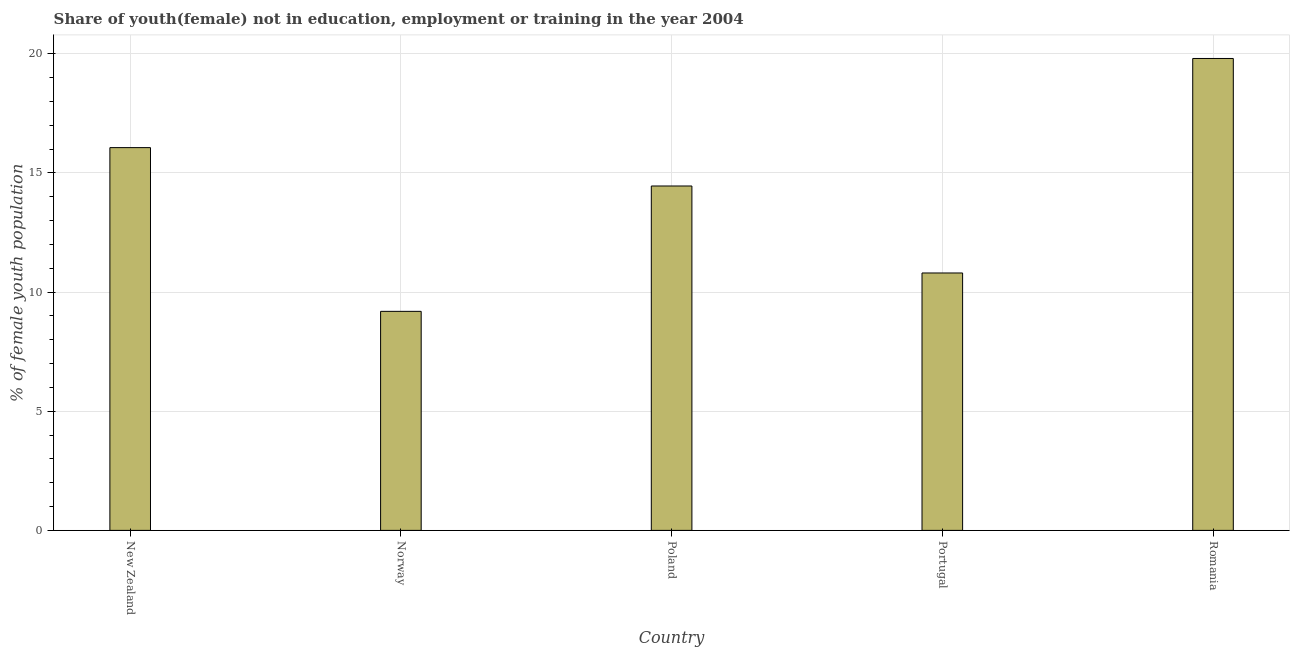
| Country | Unemployed(female) |
 | --- | --- |
 | New Zealand | 16.1 |
 | Norway | 9.19 |
 | Poland | 14.4 |
 | Portugal | 10.8 |
 | Romania | 19.8 |